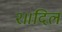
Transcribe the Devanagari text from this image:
२॥दिल